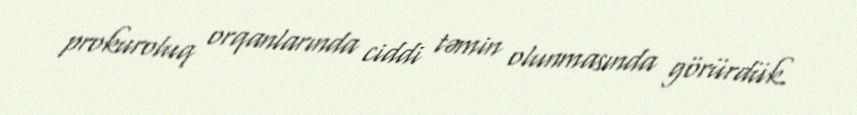
prokuroluq orqanlarında ciddi təmin olunmasında görürdük.